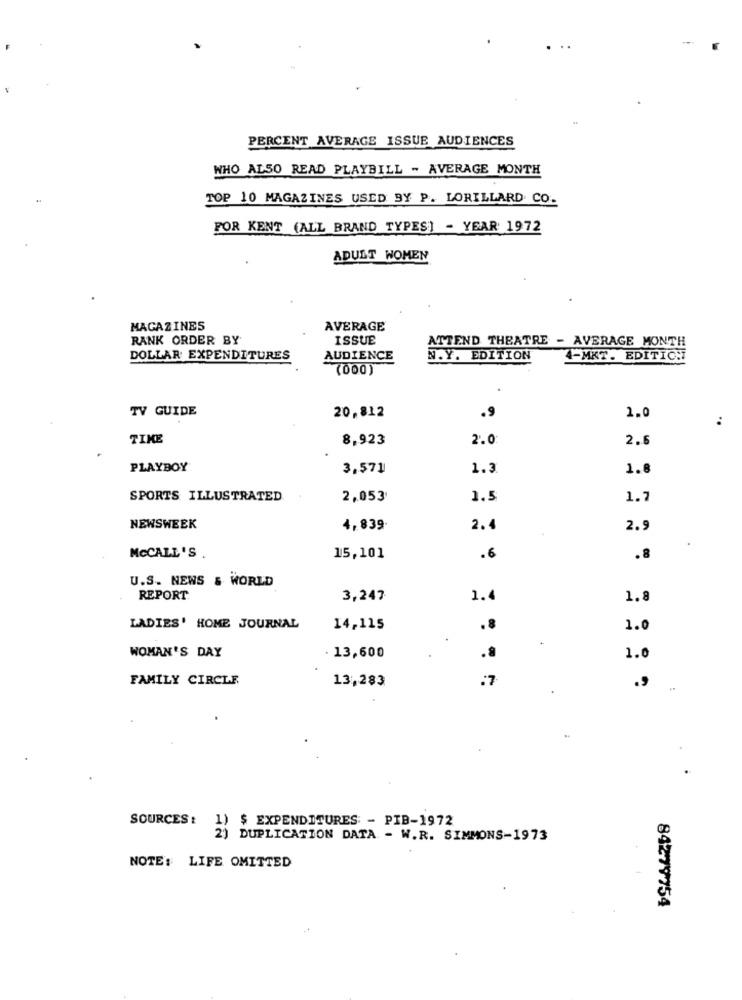
PERCENT AVERAGE ISSUE AUDIENCES
WHO ALSO READ PLAYBILL - AVERAGE MONTH
TOP 10 MAGAZINES USED BY P. LORILLARD CO.
FOR KENT (ALL BRAND TYPES] - YEAR 1972
ADULT WOMEN
MAGAZINES
AVERAGE
RANK ORDER BY
ISSUE
ATTEND THEATRE - AVERAGE MONTH
DOLLAR EXPENDITURES
AUDIENCE
N.Y. EDITION
4-MKT. EDITION
(000)
TV GUIDE
20,812
.9
1.0
TIKE
8,923
2.0
2.6
PLAYBOY
3,571
1.3
1.8
SPORTS ILLUSTRATED
2,053
1.5
1.7
NEWSWEEK
4,839.
2.4
2.9
MCCALL'S .
15,101
.6
.8
U.S. NEWS & WORLD
REPORT:
3,247
1.4
1.8
LADIES' HOME JOURNAL
14,115
.8
1.0
WOMAN'S DAY
· 13,600
.8
1.0
FAMILY CIRCLE
13,283
:7
.9
SOURCES :
1) $ EXPENDITURES: - PIB-1972
2) DUPLICATION DATA - W.R. SIMMONS-1973
NOTE: LIFE OMITTED
84279754